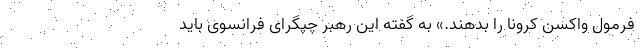
فرمول واکسن کرونا را بدهند.» به گفته این رهبر چپگرای فرانسوی باید